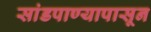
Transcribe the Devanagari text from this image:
सांडपाण्यापासून